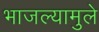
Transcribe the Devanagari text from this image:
भाजल्यामुले